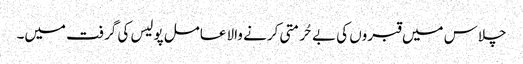
چلاس میں قبروں کی بے حُرمتی کرنے والا عامل پولیس کی گرفت میں۔